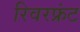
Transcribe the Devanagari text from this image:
रिवरफ्रंट